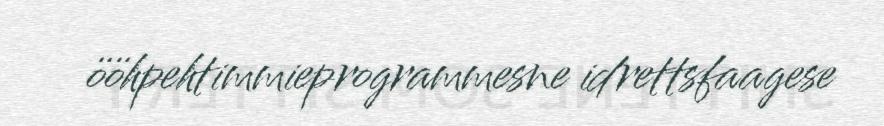
ööhpehtimmieprogrammesne idrettsfaagese